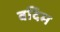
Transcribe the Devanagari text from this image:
वदिम